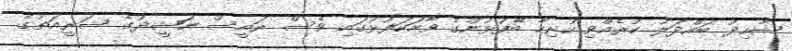
ޝާހިދު ބައްދަލު ކުރެއްވި ހުރިހާ ބޭފުޅުންގެ ވާހަކަފުޅުގައި ވެސް ރައީސް ނަޝީދުގެ ޝަރީއަތުގެ